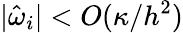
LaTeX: |\hat{\omega}_{i}|<O(\kappa/h^{2})